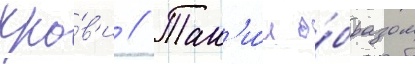
кро́в'и // Так'и́м о́бразом